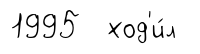
1995 ход'и́л